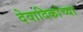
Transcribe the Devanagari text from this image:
देवादिकांच्या